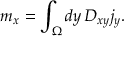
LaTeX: m _ { x } = \int _ { \Omega } d y \, D _ { x y } j _ { y } .